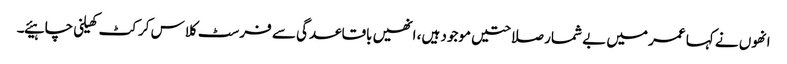
انھوں نے کہا عمر میں بے شمار صلاحتیں موجود ہیں، انھیں باقاعدگی سے فرسٹ کلاس کرکٹ کھیلنی چاہیئے۔